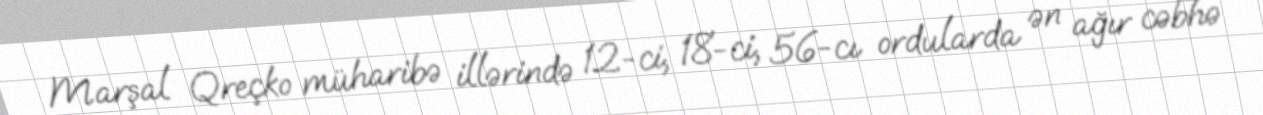
Marşal Qreçko müharibə illərində 12-ci, 18-ci, 56-cı ordularda ən ağır cəbhə